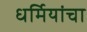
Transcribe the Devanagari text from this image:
धर्मियांचा